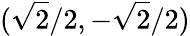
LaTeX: ({\sqrt{2}}/2,-{\sqrt{2}}/2)